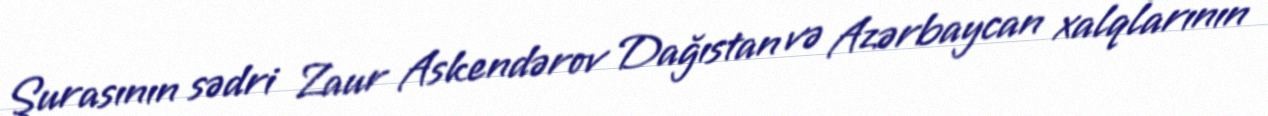
Şurasının sədri Zaur Askendərov Dağıstan və Azərbaycan xalqlarının